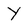
Character: Y